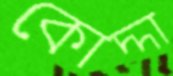
কোদ্দা